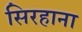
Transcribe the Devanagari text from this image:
सिरहाना